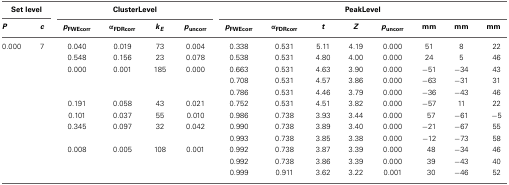
<table><thead><tr><td colspan="2"><b>Set level</b></td><td colspan="4"><b>Cluster Level</b></td><td colspan="8"><b>Peak Level</b></td></tr><tr><td><b><i>P</i></b></td><td><b><i>c</i></b></td><td><b><i>p</i><sub>FWEcorr</sub></b></td><td><b>α<sub>FDRcorr</sub></b></td><td><b><i>k<sub>E</sub></i></b></td><td><b><i>p</i><sub>uncorr</sub></b></td><td><b><i>p</i><sub>FWEcorr</sub></b></td><td><b>α<sub>FDRcorr</sub></b></td><td><b><i>t</i></b></td><td><b><i>Z</i></b></td><td><b><i>p</i><sub>uncorr</sub></b></td><td><b>mm</b></td><td><b>mm</b></td><td><b>mm</b></td></tr></thead><tbody><tr><td>0.000</td><td>7</td><td>0.040</td><td>0.019</td><td>73</td><td>0.004</td><td>0.338</td><td>0.531</td><td>5.11</td><td>4.19</td><td>0.000</td><td>51</td><td>8</td><td>22</td></tr><tr><td></td><td></td><td>0.548</td><td>0.156</td><td>23</td><td>0.078</td><td>0.538</td><td>0.531</td><td>4.80</td><td>4.00</td><td>0.000</td><td>24</td><td>5</td><td>46</td></tr><tr><td></td><td></td><td>0.000</td><td>0.001</td><td>185</td><td>0.000</td><td>0.663</td><td>0.531</td><td>4.63</td><td>3.90</td><td>0.000</td><td>−51</td><td>−34</td><td>43</td></tr><tr><td></td><td></td><td></td><td></td><td></td><td></td><td>0.708</td><td>0.531</td><td>4.57</td><td>3.86</td><td>0.000</td><td>−63</td><td>−31</td><td>31</td></tr><tr><td></td><td></td><td></td><td></td><td></td><td></td><td>0.786</td><td>0.531</td><td>4.46</td><td>3.79</td><td>0.000</td><td>−36</td><td>−43</td><td>46</td></tr><tr><td></td><td></td><td>0.191</td><td>0.058</td><td>43</td><td>0.021</td><td>0.752</td><td>0.531</td><td>4.51</td><td>3.82</td><td>0.000</td><td>−57</td><td>11</td><td>22</td></tr><tr><td></td><td></td><td>0.101</td><td>0.037</td><td>55</td><td>0.010</td><td>0.986</td><td>0.738</td><td>3.93</td><td>3.44</td><td>0.000</td><td>57</td><td>−61</td><td>−5</td></tr><tr><td></td><td></td><td>0.345</td><td>0.097</td><td>32</td><td>0.042</td><td>0.990</td><td>0.738</td><td>3.89</td><td>3.40</td><td>0.000</td><td>−21</td><td>−67</td><td>55</td></tr><tr><td></td><td></td><td></td><td></td><td></td><td></td><td>0.993</td><td>0.738</td><td>3.85</td><td>3.38</td><td>0.000</td><td>−12</td><td>−73</td><td>58</td></tr><tr><td></td><td></td><td>0.008</td><td>0.005</td><td>108</td><td>0.001</td><td>0.992</td><td>0.738</td><td>3.87</td><td>3.39</td><td>0.000</td><td>48</td><td>−34</td><td>46</td></tr><tr><td></td><td></td><td></td><td></td><td></td><td></td><td>0.992</td><td>0.738</td><td>3.86</td><td>3.39</td><td>0.000</td><td>39</td><td>−43</td><td>40</td></tr><tr><td></td><td></td><td></td><td></td><td></td><td></td><td>0.999</td><td>0.911</td><td>3.62</td><td>3.22</td><td>0.001</td><td>30</td><td>−46</td><td>52</td></tr></tbody></table>